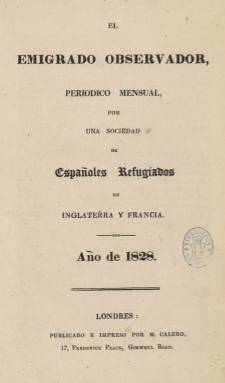
Título: El Emigrado observador
Colección: Revistas de información general
Ámbito geográfico: Gran Bretaña
Lugar de publicación: Londres
Fechas: 01/07/1828-30/06/1829

Es uno de los siete periódicos o revistas que, tras el Trienio Liberal (1820-1823), forma parte del trabajo intelectual del exilio español en Londres. En este caso se trata de las doce entregas que fueron publicadas y estampadas por Marcelino Calero y Portocarrero (1778-1838), quien había establecido en Gosvell Road de la capital inglesa su librería e Imprenta Española. Se le atribuye la inspiración y dirección de este periódico al exministro de Hacienda José Canga Argüelles (1770-1843), que será, además, su principal redactor en materia política (José Luis Abellán: 1972). Al estar Francia bajo la monarquía reaccionaria de Luis XVIII, Inglaterra se había convertido en el principal “centro intelectual de España” de esta segunda emigración de los liberales (militares, escritores, políticos, artistas, comerciantes, profesores, científicos, abogados, médicos, etc.).

Las entregas mensuales van numeradas y fechadas, y aparecieron desde julio de 1828 a junio 1829. Son de cuarenta páginas cada una, compuestas a una columna, y con foliación continuada sumarán un total de 248 páginas. En su portadilla se señala que fue elaborado “por una sociedad de españoles refugiados en Inglaterra y Francia”, y en su Prospecto se hace eco del considerable número de emigrados “deseosos del bien” de España y “conocedores de los males que le destruyen”, a quienes, como “sujetos ilustrados”, pide que sus observaciones y conocimientos en ciencias y artes puedan ser reflejadas en las páginas de esta publicación.

Lo “objetos principales” del periódico serán “la ciencia política y económica, la de la legislación, la historia patria, la estadística, la literatura nacional y extranjera, y los descubrimientos e invenciones en las artes”. En su plan de publicación -“bajo la forma de una miscelánea instructiva”- además de quedar abierto a discursos de diferentes ramos del conocimiento, como el científico, el técnico, el económico, el político, el literario o el de las artes aplicadas, ofrecerá noticias, datos, documentos y comentarios o “reflexiones” sobre lo que publique la propia prensa inglesa o francesa, con el fin de instruir a “nuestros conciudadanos”, estando la publicación dirigida a la comunidad de los propios exiliados.

Si se ha señalado que tuvo un carácter menos político que los otros periódicos de los emigrados españoles de este segundo periodo absolutista fernandino (Durán López y Muñoz Sempere: 2016), también se ha indicado que las tintas de su ideología se reflejan con especial interés en los textos referidos a la situación económica y social española (Alfonso Luján Díaz: 2015), siéndolo así cuando da cuenta, por ejemplo, de la aparición del Curso de economía política, de Álvaro Flórez Estrada, impreso también por editor y periodista liberal Calero y Portocarrero en Londres; o en la reproducción del Manifiesto de emigrantes de 1827.

En un texto que acompaña al número 7, además de indicar que El Emigrado observador es el “único periódico” que en esa fecha (enero de 1829) “mantiene la emigración española en el país extrangero”, Los Editores –este es su epígrafe– exponen, como “manifestación de sus principios”, que “solo se proponen buscar la razón, y servir con sus débiles fuerzas a la patria que les dio el ser”, y ello “sin compromisos, nexos, pretensiones individuales, ni vasallajes capaces de ligarlos exclusivamente a una escuela, a un partido, o a una secta”.

Aun así, Canga Argüelles protagonizaría lo que, a juicio de Vicente Lloréns (1954, 1968 y 2006), en su trabajo sobre la emigración española en Inglaterra (1823-1834), sería la única defección del exilio liberal, ya que utilizó las páginas de El Emigrado observador para hacer un radical viraje político en defensa de Fernando VII. Según Seoane (1996), Canga Argüelles, “viejo y desengañado, renegó en sus páginas de su pasado liberal y de sus compañeros de emigración, seduciendo a Fernando VIII con el fin de lograr el perdón y poder regresar a España”, cosa que hizo ese mismo año 1829.

Al final, la colección incluye un Índice de los contenidos, que clasifica en secciones: Política, Literatura española en la emigración, Industria española en la emigración, Recuerdos históricos, Miscelánea económica y política, Resumen histórico, Cambios en Londres y Bancarrotas en Londres. Aparecen epígrafes que comienzan con Necesidad imperiosa de enfrenar de una vez las pretensiones exageradas del clero, El honor del duque de Angulema vulnerado, Santa alianza europea, Rápida ojeada sobre el estado actual de España, Sátira, hasta ahora inédita, escrita por D. Francisco Quevedo contra los jesuitas, Artes liberales y mecánicas ejercidas por españoles emigrados, Clero escocés o Dinero que de América ha venido a Inglaterra. No sólo contendrá textos de política, economía y literatura referentes a España, Europa (especialmente, Inglaterra) y América, sino que, según José Luis Abellán (1972), su “importancia real” radicaría en las numerosas noticias que ofrece sobre los propios emigrados.

Además de los citados trabajos de Lloréns y Luján Díaz, entre otras referencias, citamos también la obra La prensa hispánica en el exilio de Londres (1810-1850).

Los ejemplares digitalizados en esta colección corresponden a la signatura R/21565.

[Descripción modificada el 22/07/2022]